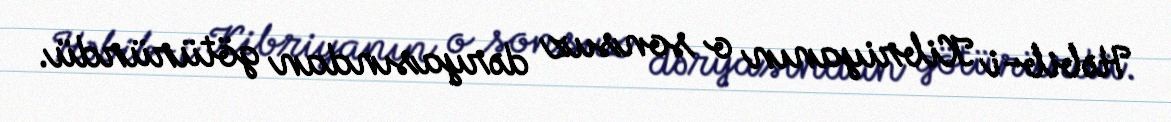
Həbib-i Kibriyanın o sonsuz dəryasından götürürdü.